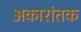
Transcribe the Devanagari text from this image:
अकारांतक